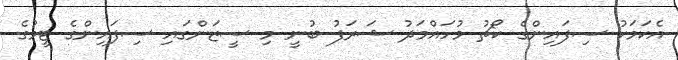
އެކަމަކު ސިފައިންގެ ކޯޗު މުހައްމަދު ޝަރަފު ބުނީ މި ސީޒަންގައި ސިފައިންގެ ޓީމުގެ